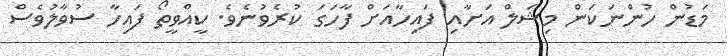
މަޑުން ހުންނަކަން މިޝަލް އަށާއި ފައިހާއަށް ފާހަގަ ކުރެވުނެވެ. ކީއްވީތޯ ފައިހާ ސުވާލުވެސް